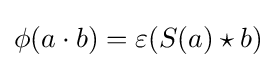
\phi (a\cdot b)=\varepsilon (S(a)\star b)